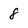
Character: 8